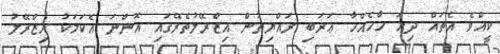
ކީއްވެ އެތައް ދިހަ ހާހެއްހާ ޢަރަބި ރައްޔިތުން އިޒްރޭލުތެރޭގައި އޮންނަ އެކަމަކު އިޒްރޭލު